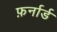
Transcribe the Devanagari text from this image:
फ़र्नार्ड